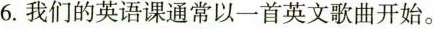
6.我们的英语课通常以一首英文歌曲开始。